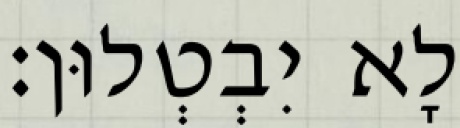
לָא יִבְטְלוּן׃